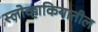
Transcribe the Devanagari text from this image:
स्लोव्हाकियातील